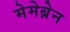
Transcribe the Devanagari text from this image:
मेमेब्रेन